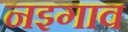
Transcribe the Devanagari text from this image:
नइगाव